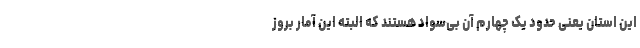
این استان یعنی حدود یک چهارم آن بی‌سواد هستند که البته این آمار بروز